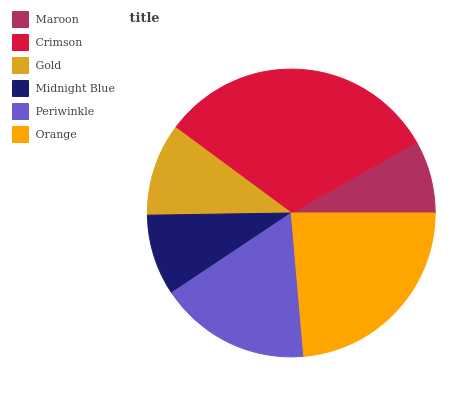
| Maroon | Crimson | Gold | Midnight Blue | Periwinkle | Orange |
 | --- | --- | --- | --- | --- | --- |
 | 8.16% | 31.7% | 10.4% | 9.13% | 17% | 23.6% |